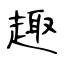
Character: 趣